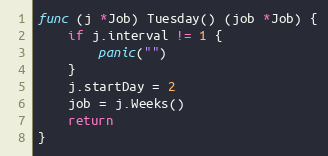
Language: Go
func (j *Job) Tuesday() (job *Job) {
	if j.interval != 1 {
		panic("")
	}
	j.startDay = 2
	job = j.Weeks()
	return
}